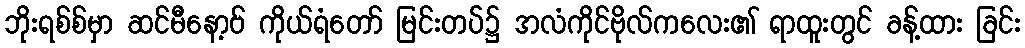
ဘိုးရစ်စ်မှာ ဆင်မီနော့ဗ် ကိုယ်ရံတော် မြင်းတပ်၌ အလံကိုင်ဗိုလ်ကလေး၏ ရာထူးတွင် ခန့်ထား ခြင်း